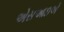
એસઆઇએ